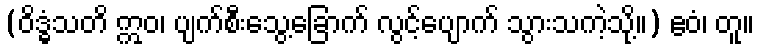
(ဝိဒ္ဓံသတိ ဣဝ၊ ပျက်စီးသွေ့ခြောက် လွင့်ပျောက် သွားသကဲ့သို့။) ဧဝံ၊ တူ။